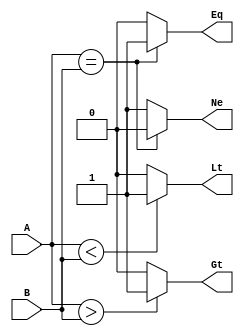
module CMP #(
    parameter WIDTH = 32
) (
    input   wire    [ WIDTH - 1 : 0]    A,
    input   wire    [ WIDTH - 1 : 0]    B,
    output  wire                        Eq,
    output  wire                        Ne,
    output  wire                        Gt,
    output  wire                        Lt
);
    
    assign  Eq  =   A == B? 1 : 0;
    assign  Ne  =   A == B? 0 : 1;
    assign  Gt  =   A >  B? 1 : 0;
    assign  Lt  =   A <  B? 1 : 0;


endmodule